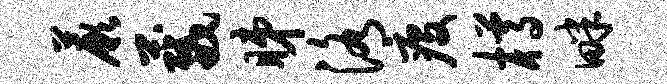
蕨葳睇洛疫樽畔